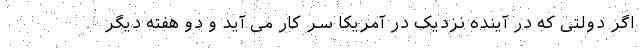
اگر دولتی که در آینده نزدیک در آمریکا سر کار می آید و دو هفته دیگر